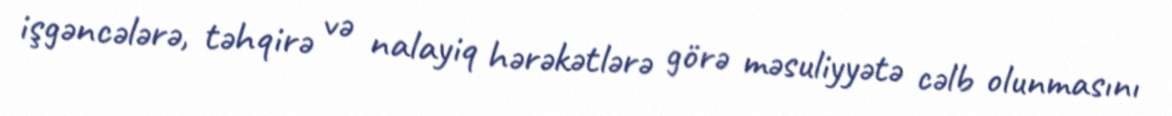
işgəncələrə, təhqirə və nalayiq hərəkətlərə görə məsuliyyətə cəlb olunmasını